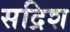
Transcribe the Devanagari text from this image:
सद्रिश